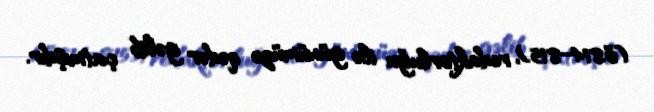
(ö.814–815), redaktorluğu ilə günümüzə qədər gəlib çatmışdır.